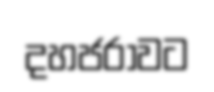
දහජරාවට